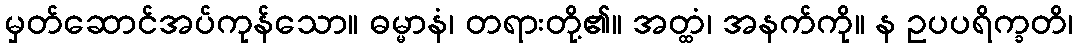
မှတ်ဆောင်အပ်ကုန်သော။ ဓမ္မာနံ၊ တရားတို့၏။ အတ္ထံ၊ အနက်ကို။ န ဥပပရိက္ခတိ၊